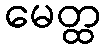
မေတ္ထ